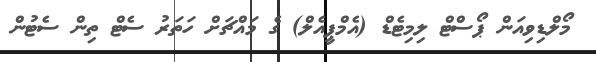
މޯލްޑިވިއަން ޕޯސްޓް ލިމިޓެޑް (އެމްޕީއެލް) ގެ މައްޗަށް ހަތަރު ސެޓް ތިން ސެޓުން